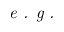
\textit { e . g . }